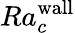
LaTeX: Ra_{c}^{\textrm{wall}}